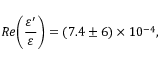
R e \biggl ( \frac { \varepsilon ^ { \prime } } { \varepsilon } \biggr ) = ( 7 . 4 \pm 6 ) \times 1 0 ^ { - 4 } , \, \, \, \, \, \,